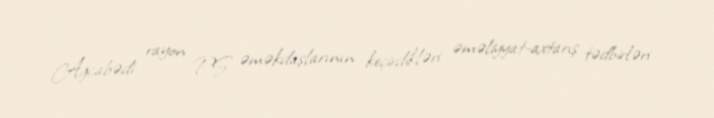
Ağcabədi rayon PŞ əməkdaşlarının keçirdikləri əməliyyat-axtarış tədbirləri